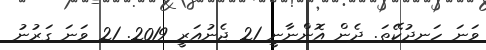
ވަނަ ހަނދުކޭތަ. ދެން އޮންނާނީ 21 ޖެނުއަރީ 2019. 21 ވަނަ ގަރުނު